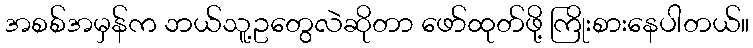
အစစ်အမှန်က ဘယ်သူ့ဥတွေလဲဆိုတာ ဖော်ထုတ်ဖို့ ကြိုးစားနေပါတယ်။